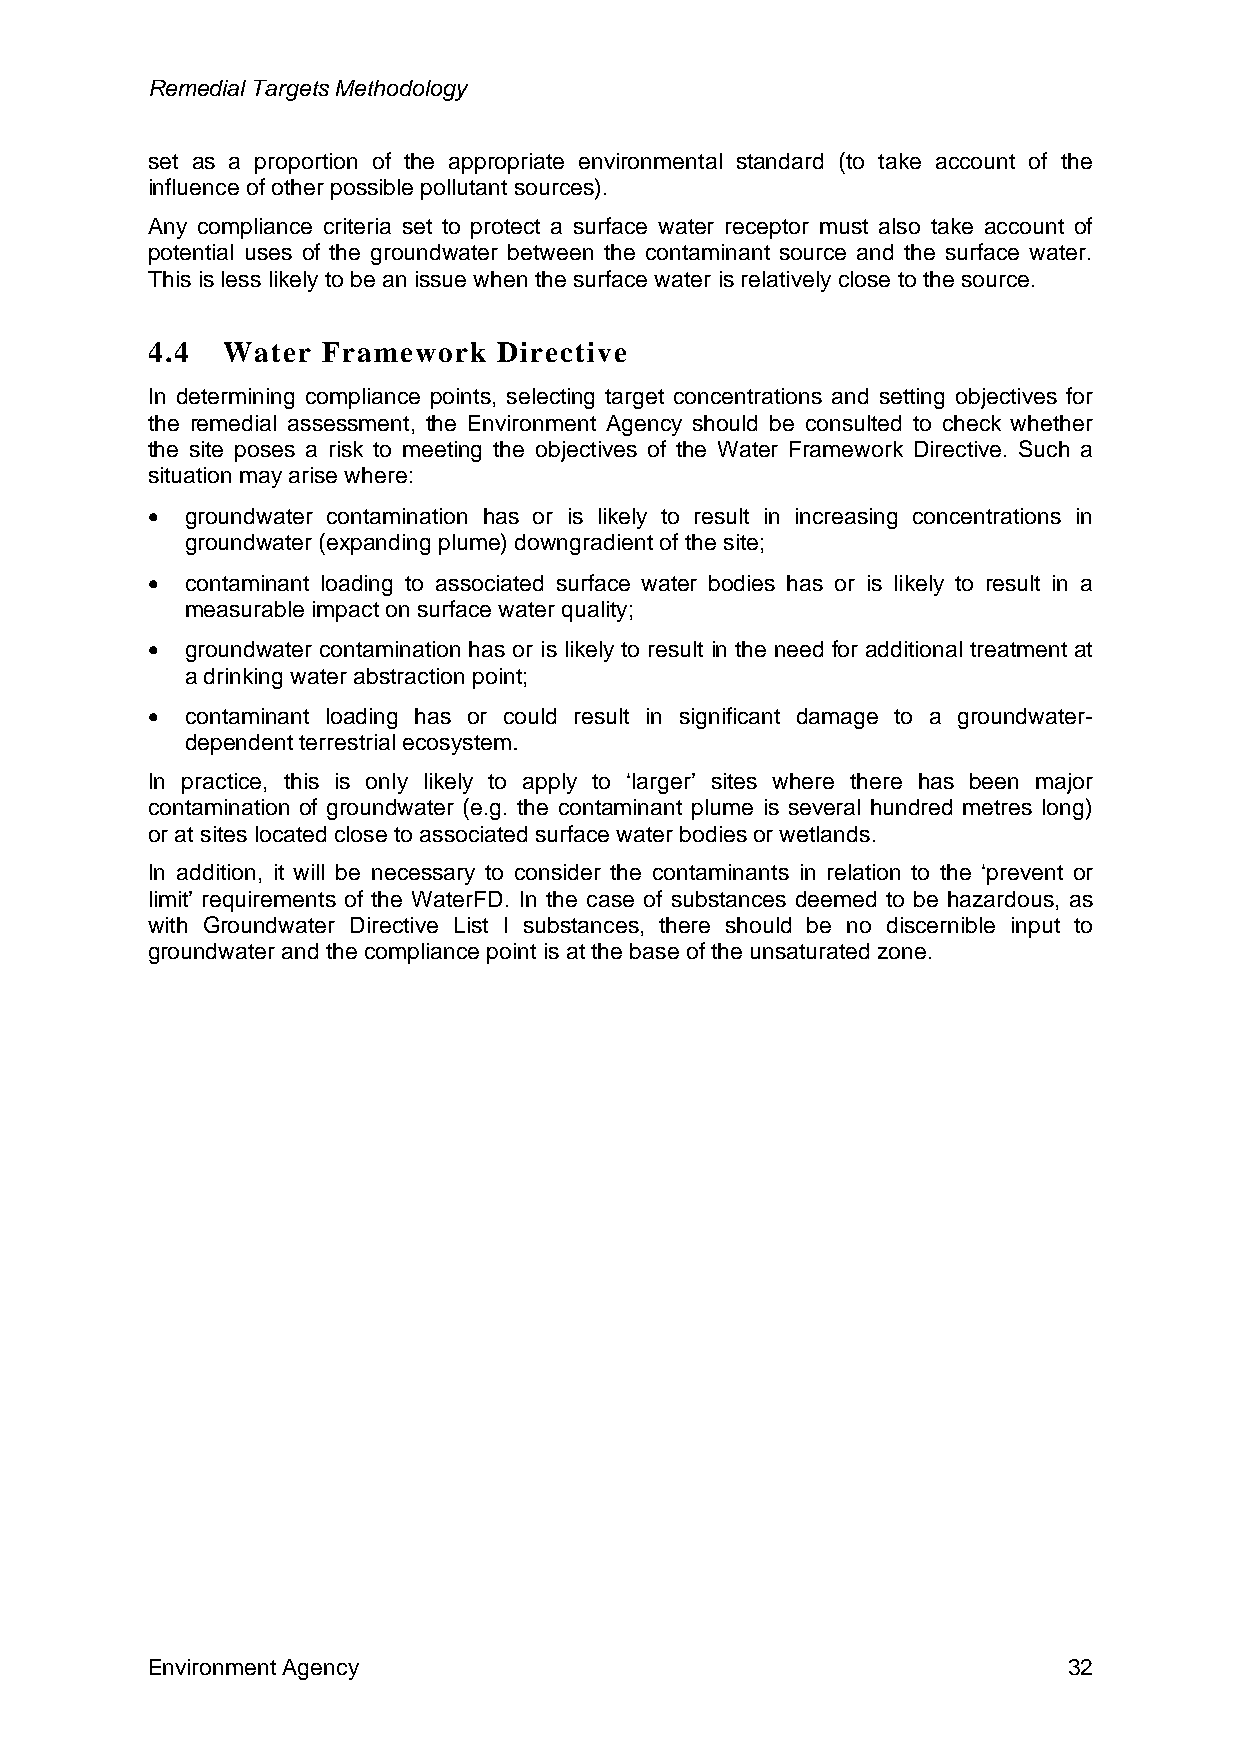
Remedial Targets Methodology
 set as a proportion of the appropriate environmental standard (to take account of the
 influence of other possible pollutant sources).
 Any compliance criteria set to protect a surface water receptor must also take account of
 potential uses of the groundwater between the contaminant source and the surface water.
 This is less likely to be an issue when the surface water is relatively close to the source.
 4.4  Water Framework   Directive
 In determining compliance points, selecting target concentrations and setting objectives for
 the remedial assessment, the Environment Agency should be consulted to check whether
 the site poses a risk to meeting the objectives of the Water Framework Directive. Such a
 situation may arise where:
 • groundwater contamination has or is likely to result in increasing concentrations in
 groundwater (expanding plume) downgradient of the site;
 • contaminant loading to associated surface water bodies has or is likely to result in a
 measurable impact on surface water quality;
 • groundwater contamination has or is likely to result in the need for additional treatment at
 a drinking water abstraction point;
 • contaminant loading has or could result in significant damage to a groundwater-
 dependent terrestrial ecosystem.
 In practice, this is only likely to apply to ‘larger’ sites where there has been major
 contamination of groundwater (e.g. the contaminant plume is several hundred metres long)
 or at sites located close to associated surface water bodies or wetlands.
 In addition, it will be necessary to consider the contaminants in relation to the ‘prevent or
 limit’ requirements of the WaterFD. In the case of substances deemed to be hazardous, as
 with Groundwater Directive List I substances, there should be no discernible input to
 groundwater and the compliance point is at the base of the unsaturated zone.
 Environment Agency                                           32